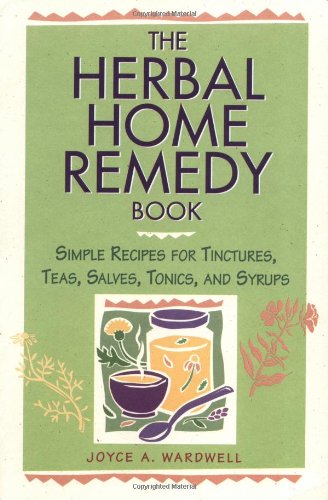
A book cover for The Herbal Home Remedy Book: Simple Recipes for Tinctures, Teas, Salves, Tonics, and Syrups (Herbal Body); Joyce A. Wardwell; Cookbooks, Food & Wine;